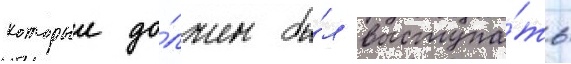
которыи до́лжен бы́л выступа́ть